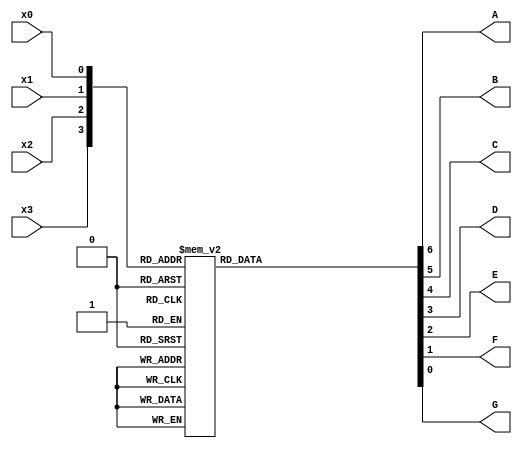
module seven_seg_decoder(x3, x2, x1, x0, A, B, C, D, E, F, G);
	input x3, x2, x1, x0;
	output A, B, C, D, E, F, G;
	reg A, B, C, D, E, F, G;
	
	always @(x3 or x2 or x1 or x0)
	begin
		case ({x3, x2, x1, x0})
		
			4'b0000: {A, B, C, D, E, F, G} = 7'b0000001;
			4'b0001: {A, B, C, D, E, F, G} = 7'b1001111;
			4'b0010: {A, B, C, D, E, F, G} = 7'b0010010;
			4'b0011: {A, B, C, D, E, F, G} = 7'b0000110;
			4'b0100: {A, B, C, D, E, F, G} = 7'b1001100;
			4'b0101: {A, B, C, D, E, F, G} = 7'b0100100;
			4'b0110: {A, B, C, D, E, F, G} = 7'b0100000;
			4'b0111: {A, B, C, D, E, F, G} = 7'b0001111;
			4'b1000: {A, B, C, D, E, F, G} = 7'b0000000;
			4'b1001: {A, B, C, D, E, F, G} = 7'b0000100;
			//5'b10000: {A, B, C, D, E, F, G} = 7'b0001000; // A
			//5'b01000: {A, B, C, D, E, F, G} = 7'b1100000; // B
			//5'b00100: {A, B, C, D, E, F, G} = 7'b0110001; // C
			//5'b00010: {A, B, C, D, E, F, G} = 7'b1000010; // D
			//5'b11111: {A, B, C, D, E, F, G} = 7'b0111000; // F
			default : {A, B, C, D, E, F, G} = 7'b1111111; // E

		endcase
	end
endmodule